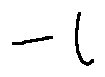
- l